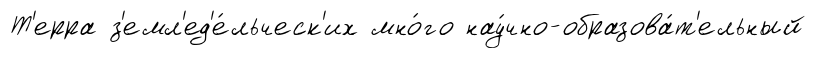
Т'ерра з'емл'ед'е́льческ'их мно́го нау́чно-образова́т'ельный